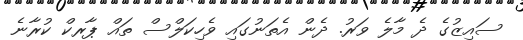
ސައިޒުގެ ދެ މާލެ ވަރު. ދެން އެތަނުގައި ވެހިކަލްސް ތައް ޕާރކް ކުރާނެ